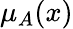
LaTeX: \mu_{A}(x)